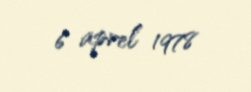
6 aprel 1978